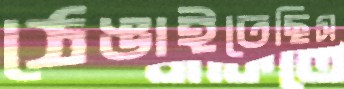
ঠেঙাইতেছিস